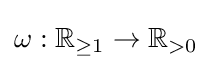
\omega :\mathbb {R} _{\geq 1}\rightarrow \mathbb {R} _{>0}